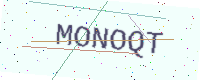
Text: MONOQT